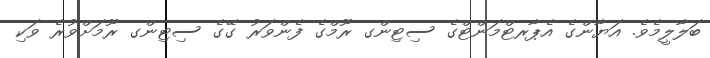
ބަލާލީމެވެ. އަޔާންގެ އެޕާރޓްމަންޓްގެ ސިޓިންގ ރޫމްގެ ފެންވަރު ގޭގެ ސިޓިންގ ރޫމަށްވުރެ ވަކި